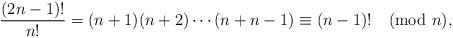
LaTeX: \begin{align*} \frac{(2n-1)!}{n!} = (n+1)(n+2)\cdots(n+n-1) \equiv (n-1)! \pmod{n}, \end{align*}